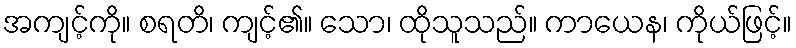
အကျင့်ကို။ စရတိ၊ ကျင့်၏။ သော၊ ထိုသူသည်။ ကာယေန၊ ကိုယ်ဖြင့်။